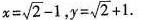
$$x = \sqrt { 2 } - 1$$ , $$y = \sqrt { 2 } + 1$$.